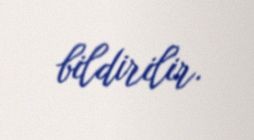
bildirilir.